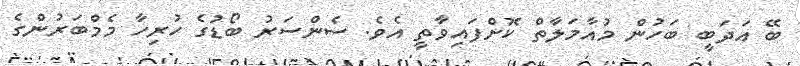
ބޭ އަދަބީ ބަހުން މުއާމަލާތް ކޮށްފައިވާތީ އެވެ. ސެންސަރު ބޯޑުގެ ހުރިހާ މެމްބަރުންގެ